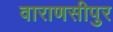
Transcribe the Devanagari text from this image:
वाराणसीपुर